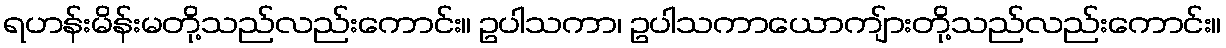
ရဟန်းမိန်းမတို့သည်လည်းကောင်း။ ဥပါသကာ၊ ဥပါသကာယောကျ်ားတို့သည်လည်းကောင်း။